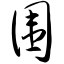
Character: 围